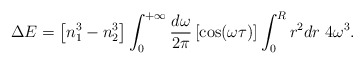
\begin{align*}\Delta E = \left[ n_1^3 - n_2^3 \right] \int_{0}^{+\infty} {d\omega\over2\pi}\left[ \cos(\omega\tau) \right] \int_0^R r^2 dr \; 4 \omega^3.\end{align*}